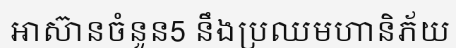
អាស៊ានចំនួន5 នឹងប្រឈមហានិភ័យ